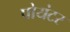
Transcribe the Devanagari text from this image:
पोयंटर